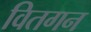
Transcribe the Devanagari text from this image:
वितगन